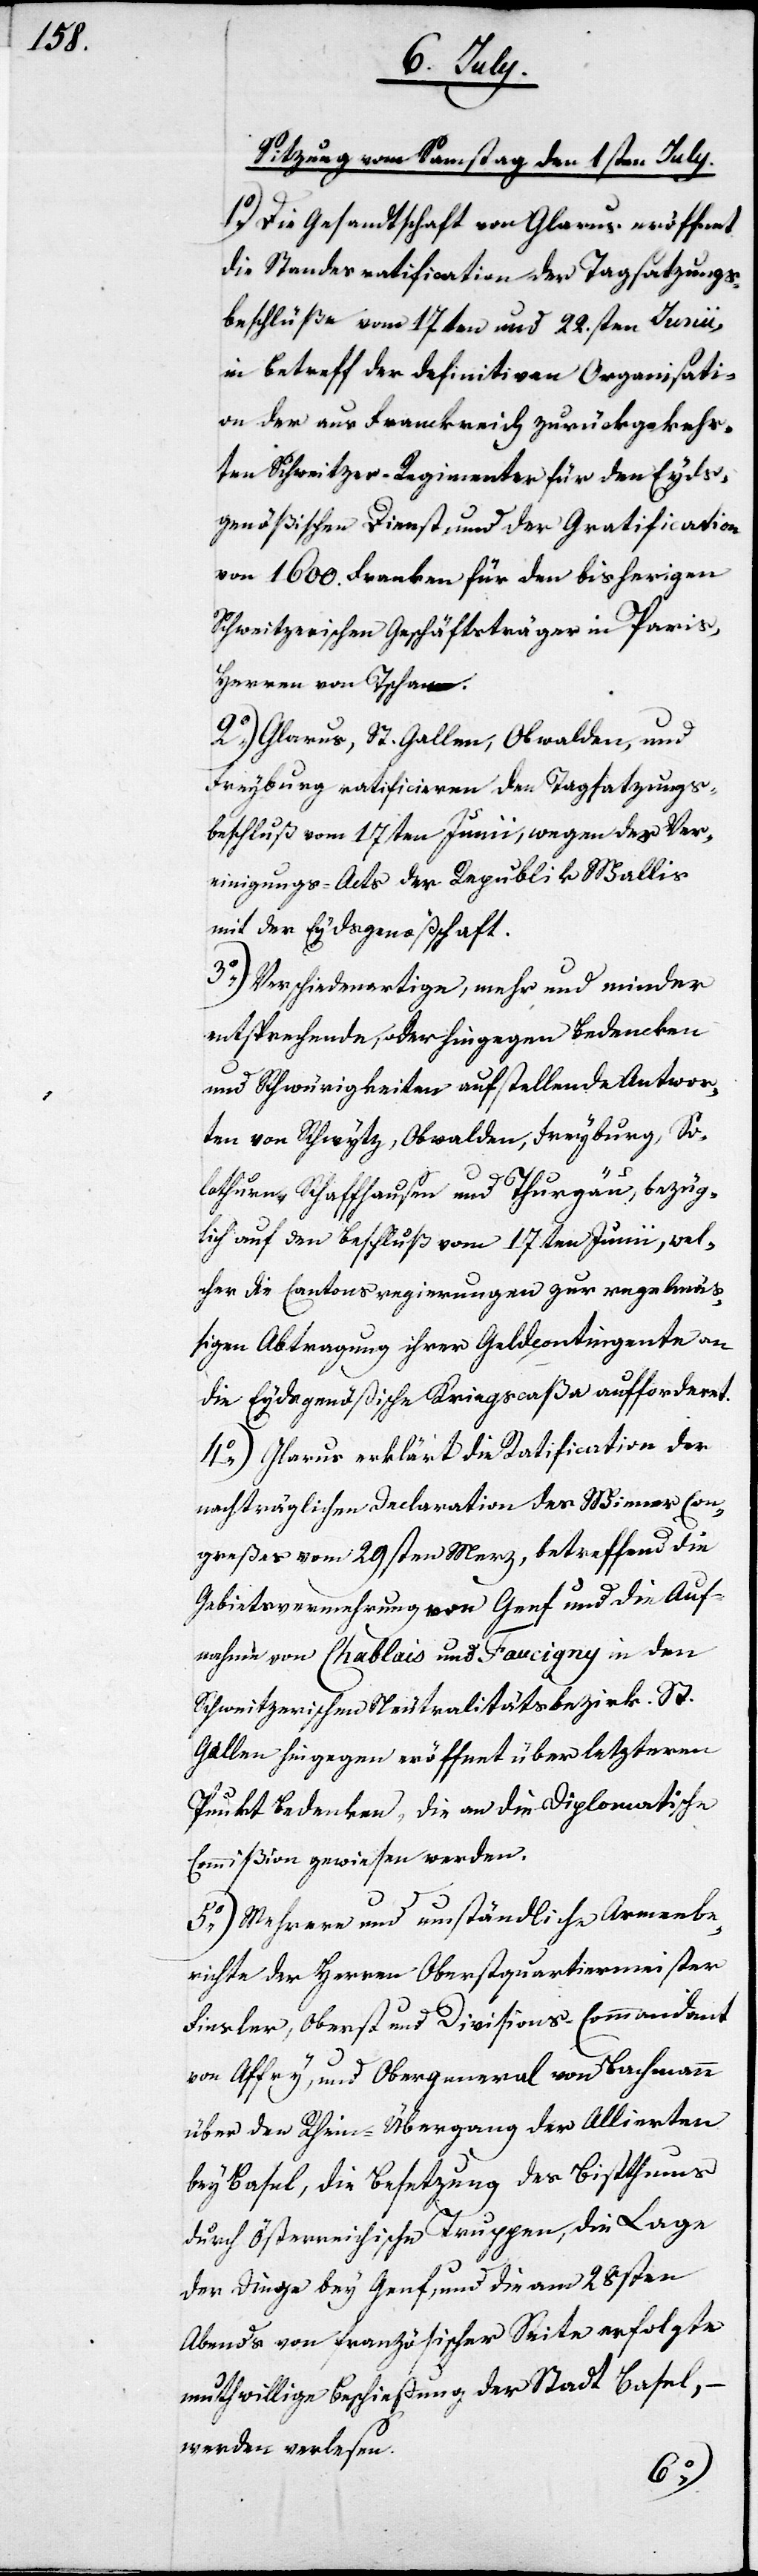
Sitzung vom Samstag den 1sten July.
1.) Die Gesandtschaft von Glarus eröffnet
die Standesratification der Tagsatzungs¬
beschlüße vom 17ten und 22sten Junii,
in Betreff der definitiven Organisati¬
on der aus Frankreich zurückgekehr¬
ten Schweitzer-Regimenter für den Eyds¬
genößischen Dienst und der Gratification
von 1600. Franken für den bisherigen
Schweitzerischen Geschäftsträger in Paris,
Herren von Tschann.
2.) Glarus, St. Gallen, Obwalden und
Freyburg ratificieren den Tagsatzungs¬
beschluß vom 17ten Junii, wegen des Ver¬
einigungs-Acts der Republik Wallis
mit der Eydsgenoßenschaft.
3.) Verschiedenartige, mehr und minder
entsprechende, oder hingegen Bedencken
und Schwürigkeiten aufstellende Antwor¬
ten von Schwytz, Obwalden, Freyburg, So¬
lothurn, Schaffhausen und Thurgau, bezüg¬
lich auf den Beschluß vom 17ten Junii, wel¬
cher die Cantonsregierungen zur regelmäß¬
igen Abtragung ihrer Geldcontingenter an
die Eydsgenößische Kriegscaßa auffordert.
4.) Glarus erklärt die Ratification der
nachträglichen Declaration des Wiener-Con¬
greßes vom 29sten Merz, betreffend die
Gebietsvermehrung von Genf und die Auf¬
nahme von Chablais und Faucigny in den
Schweitzerischen Neutralitätsbezirk. St.
Gallen hingegen eröffnet über letzteren
Punkt Bedenken, die an die Diplomatische
Commißion gewiesen werden.
5.) Mehrere und umständliche Armeebe¬
richte der Herren Oberstquartiermeister
Finsler, Oberst und Divisions-Commandant
von Affry, und Obergeneral von Bachmann
über den Rhein-Übergang der Alliirten
bey Basel, die Besetzung des Bistthums
durch Österreichische Truppen, die Lage
der Dinge bey Genf, und die am 28sten
Abends von Französischer Seite erfolgte
muthwillige Beschießung der Stadt Basel,
werden verlesen.